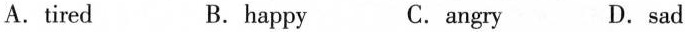
A. tired B.happy C.angry D.sad